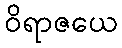
ဝိရာဇယေ